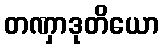
တဏှာဒုတိယော